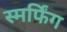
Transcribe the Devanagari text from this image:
स्मर्फिंग